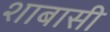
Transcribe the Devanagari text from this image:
शाबासी